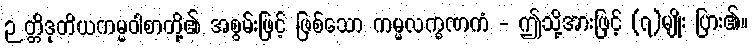
ဉတ္တိဒုတိယကမ္မဝါစာတို့၏ အစွမ်းဖြင့် ဖြစ်သော ကမ္မလက္ခဏကံ - ဤသို့အားဖြင့် (၇)မျိုး ပြား၏။